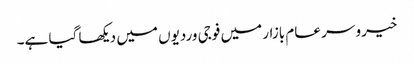
خیرو سر عام بازار میں فوجی وردیوں میں دیکھا گیا ہے۔